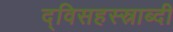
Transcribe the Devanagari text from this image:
द्विसहस्स्राब्दी